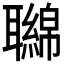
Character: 𦘂